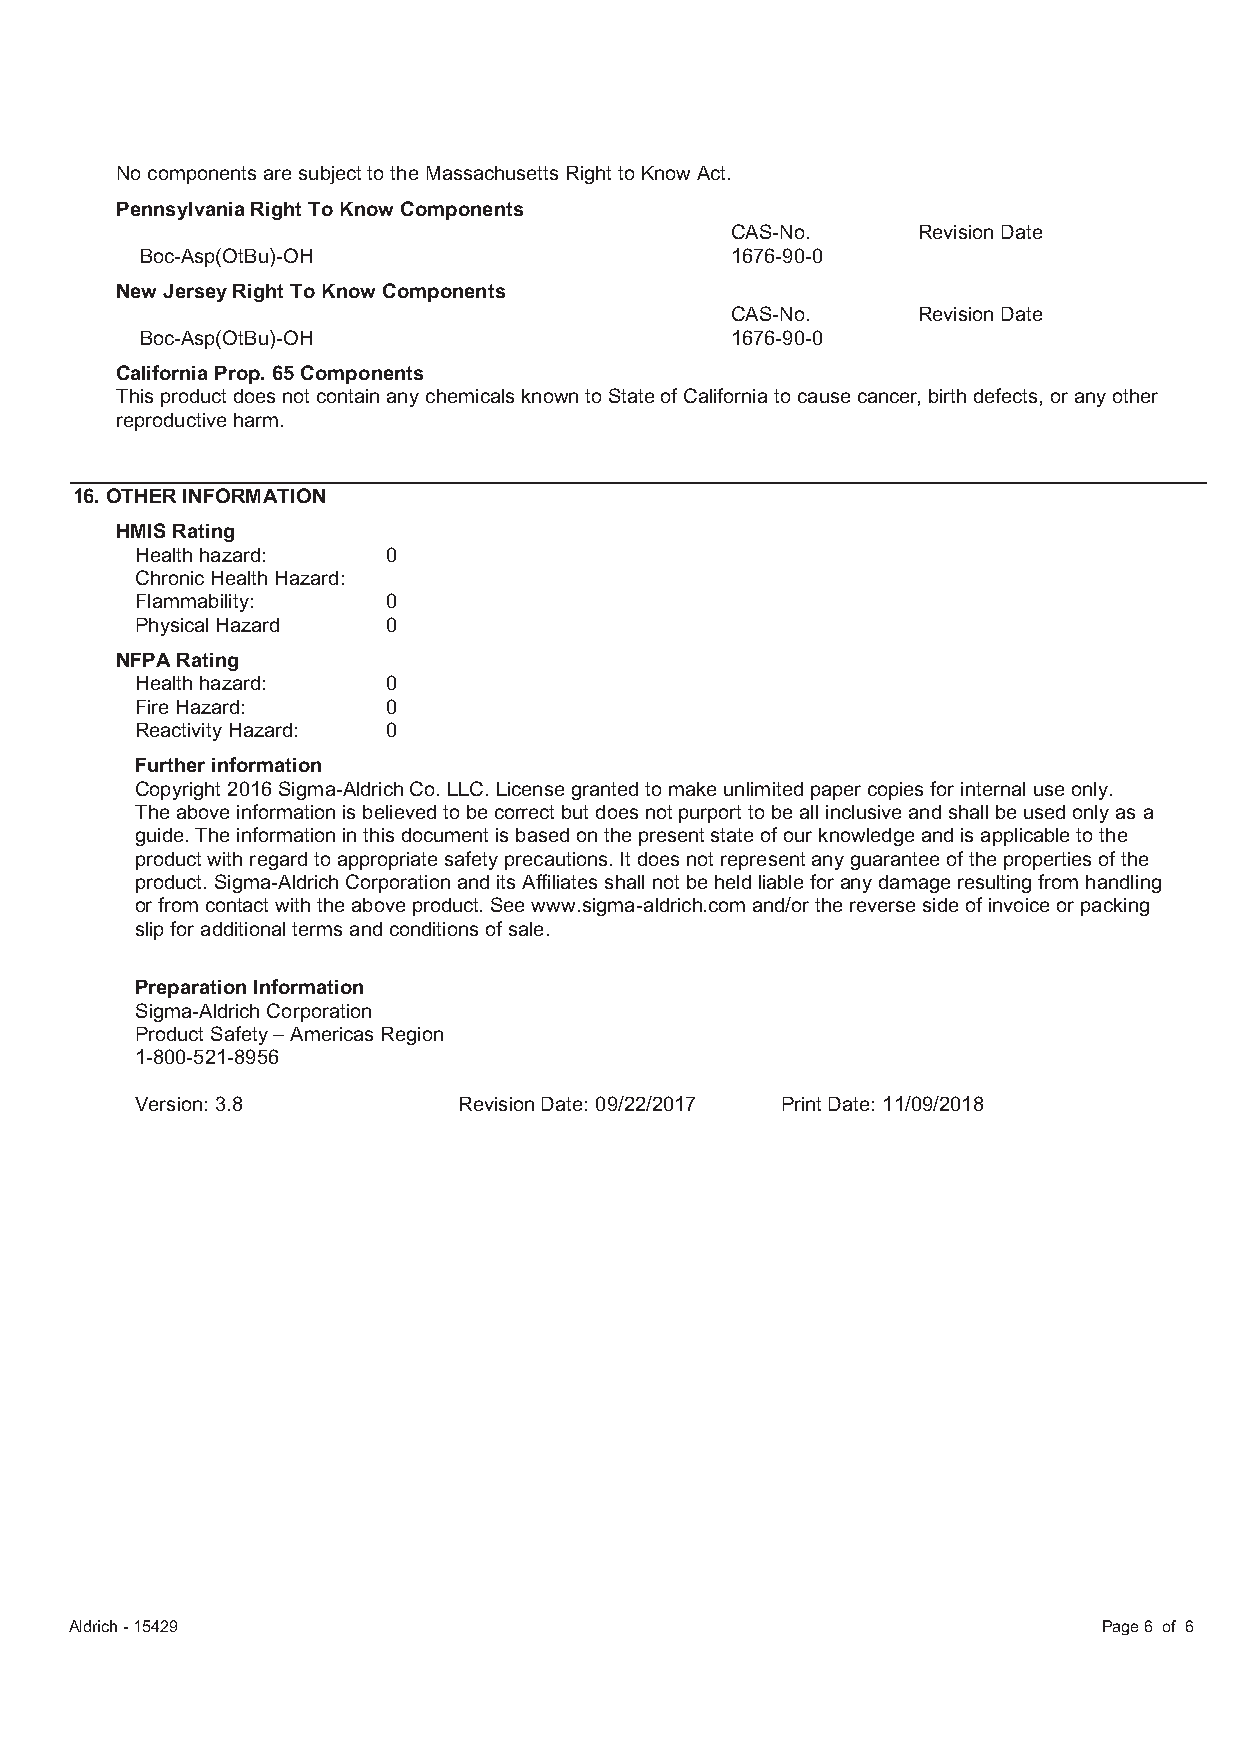
No components are subject to the Massachusetts Right to Know Act.
 Pennsylvania Right To Know Components
 CAS-No.      Revision Date
 Boc-Asp(OtBu)-OH                       1676-90-0
 New Jersey Right To Know Components
 CAS-No.      Revision Date
 Boc-Asp(OtBu)-OH                       1676-90-0
 California Prop. 65 Components
 This product does not contain any chemicals known to State of California to cause cancer, birth defects, or any other
 reproductive harm.
 16. OTHER INFORMATION
 HMIS Rating
 Health hazard:   0
 Chronic Health Hazard:
 Flammability:    0
 Physical Hazard  0
 NFPA Rating
 Health hazard:   0
 Fire Hazard:     0
 Reactivity Hazard: 0
 Further information
 Copyright 2016 Sigma-Aldrich Co. LLC. License granted to make unlimited paper copies for internal use only.
 The above information is believed to be correct but does not purport to be all inclusive and shall be used only as a
 guide. The information in this document is based on the present state of our knowledge and is applicable to the
 product with regard to appropriate safety precautions. It does not represent any guarantee of the properties of the
 product. Sigma-Aldrich Corporation and its Affiliates shall not be held liable for any damage resulting from handling
 or from contact with the above product. See www.sigma-aldrich.com and/or the reverse side of invoice or packing
 slip for additional terms and conditions of sale.
 Preparation Information
 Sigma-Aldrich Corporation
 Product Safety – Americas Region
 1-800-521-8956
 Version: 3.8         Revision Date: 09/22/2017 Print Date: 11/09/2018
 Aldrich - 15429                                                     Page 6 of 6